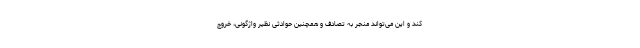
کند و این می‌تواند منجر به تصادف و همچنین حوادثی نظیر واژگونی، خروج